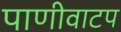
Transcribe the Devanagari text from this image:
पाणीवाटप